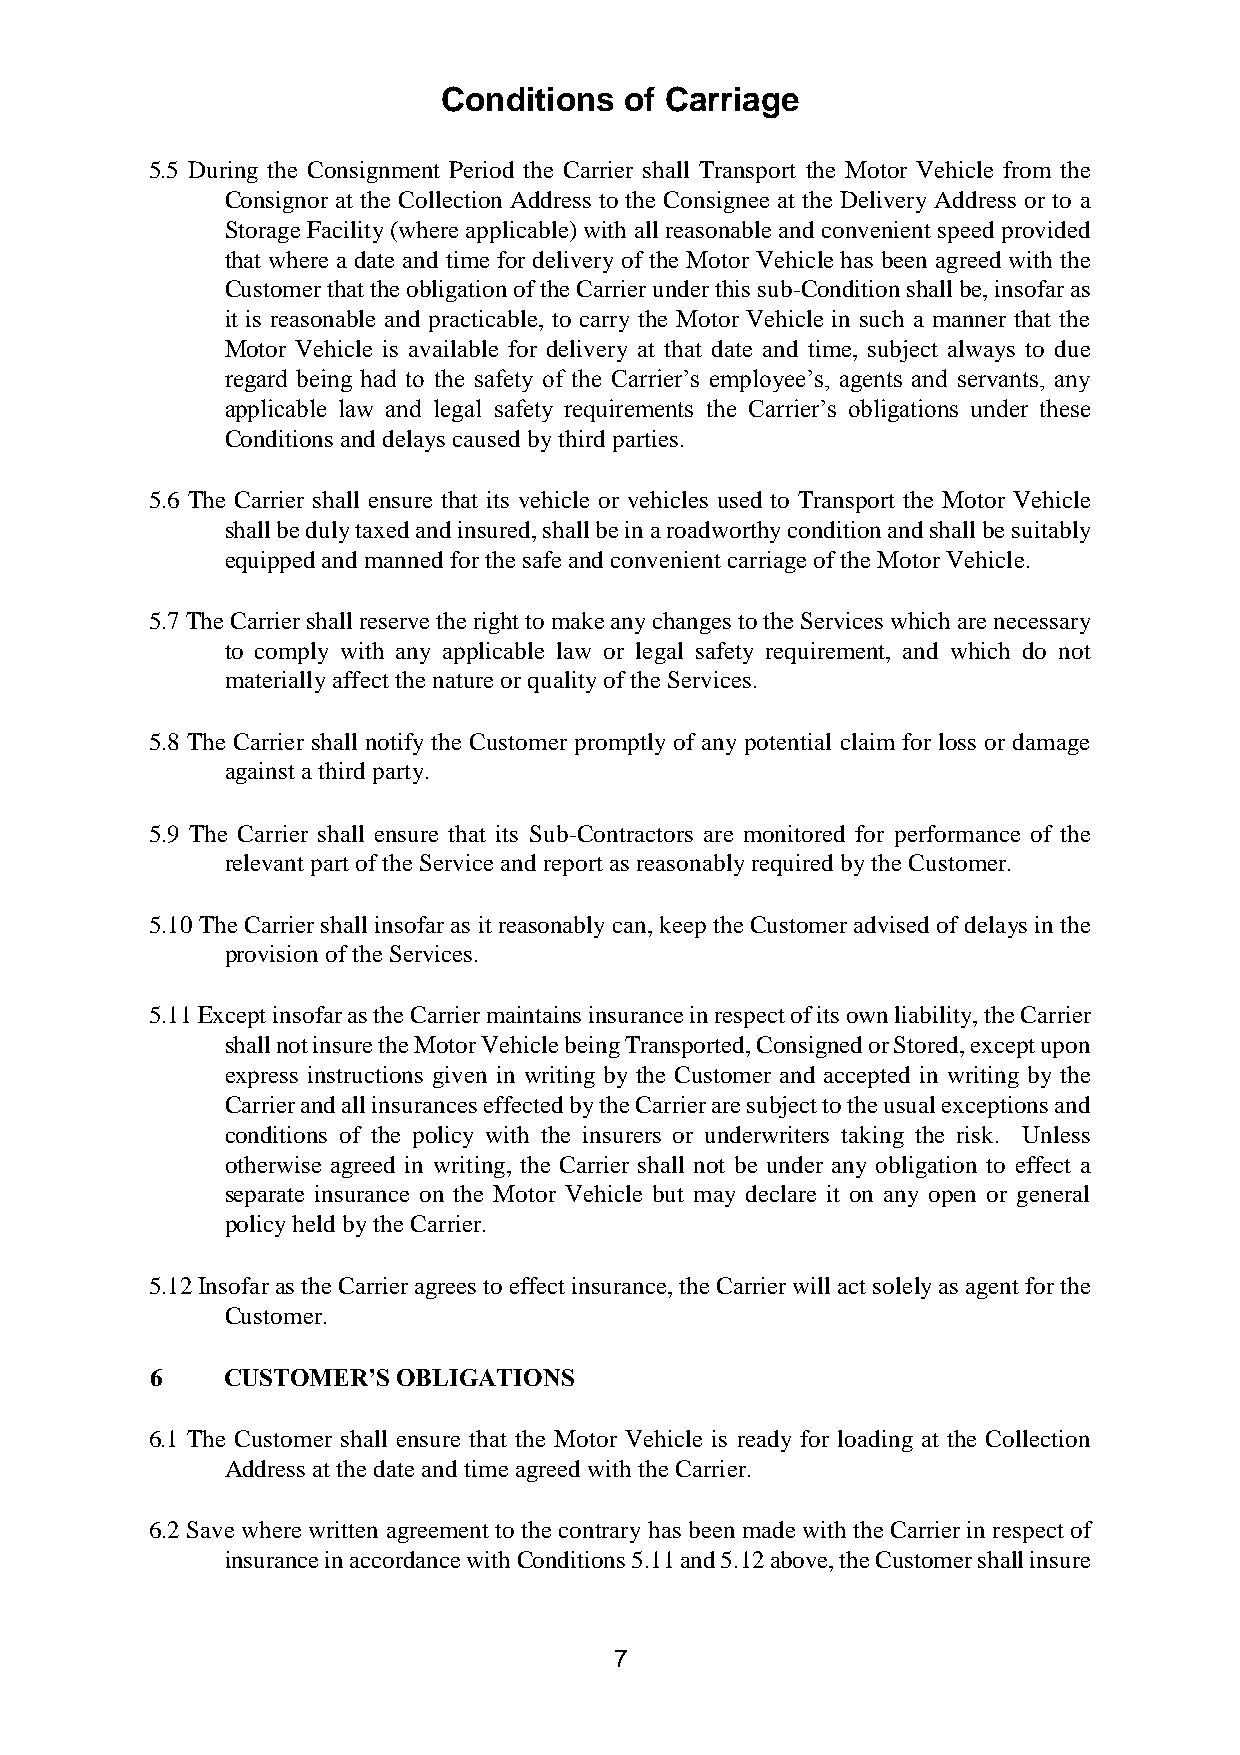
Conditions  of Carriage
 5.5 During the Consignment Period the Carrier shall Transport the Motor Vehicle from the
 Consignor at the Collection Address to the Consignee at the Delivery Address or to a
 Storage Facility (where applicable) with all reasonable and convenient speed provided
 that where a date and time for delivery of the Motor Vehicle has been agreed with the
 Customer that the obligation of the Carrier under this sub-Condition shall be, insofar as
 it is reasonable and practicable, to carry the Motor Vehicle in such a manner that the
 Motor Vehicle is available for delivery at that date and time, subject always to due
 regard being had to the safety of the Carrier’s employee’s, agents and servants, any
 applicable law and legal safety requirements the Carrier’s obligations under these
 Conditions and delays caused by third parties.
 5.6 The Carrier shall ensure that its vehicle or vehicles used to Transport the Motor Vehicle
 shall be duly taxed and insured, shall be in a roadworthy condition and shall be suitably
 equipped and manned for the safe and convenient carriage of the Motor Vehicle.
 5.7 The Carrier shall reserve the right to make any changes to the Services which are necessary
 to comply with any applicable law or legal safety requirement, and which do not
 materially affect the nature or quality of the Services.
 5.8 The Carrier shall notify the Customer promptly of any potential claim for loss or damage
 against a third party.
 5.9 The Carrier shall ensure that its Sub-Contractors are monitored for performance of the
 relevant part of the Service and report as reasonably required by the Customer.
 5.10 The Carrier shall insofar as it reasonably can, keep the Customer advised of delays in the
 provision of the Services.
 5.11 Except insofar as the Carrier maintains insurance in respect of its own liability, the Carrier
 shall not insure the Motor Vehicle being Transported, Consigned or Stored, except upon
 express instructions given in writing by the Customer and accepted in writing by the
 Carrier and all insurances effected by the Carrier are subject to the usual exceptions and
 conditions of the policy with the insurers or underwriters taking the risk. Unless
 otherwise agreed in writing, the Carrier shall not be under any obligation to effect a
 separate insurance on the Motor Vehicle but may declare it on any open or general
 policy held by the Carrier.
 5.12 Insofar as the Carrier agrees to effect insurance, the Carrier will act solely as agent for the
 Customer.
 6    CUSTOMER’S OBLIGATIONS
 6.1 The Customer shall ensure that the Motor Vehicle is ready for loading at the Collection
 Address at the date and time agreed with the Carrier.
 6.2 Save where written agreement to the contrary has been made with the Carrier in respect of
 insurance in accordance with Conditions 5.11 and 5.12 above, the Customer shall insure
 7